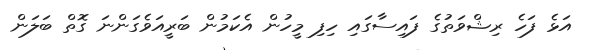
އަޅެ ފަހެ ރިޝްވަތުގެ ފައިސާގައި ހިފި މީހުން އެކަމުން ބަރީއަވެގަންނަ ގޮތް ބަލަން